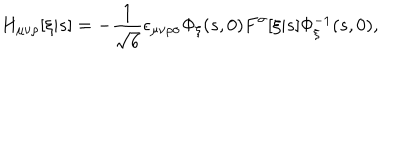
H _ { \mu \nu \rho } [ \xi | s ] = - \frac { 1 } { \sqrt { 6 } } \epsilon _ { \mu \nu \rho \sigma } \Phi _ { \xi } ( s , 0 ) F ^ { \sigma } [ \xi | s ] \Phi _ { \xi } ^ { - 1 } ( s , 0 ) ,